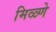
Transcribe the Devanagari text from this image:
मिळ्णे